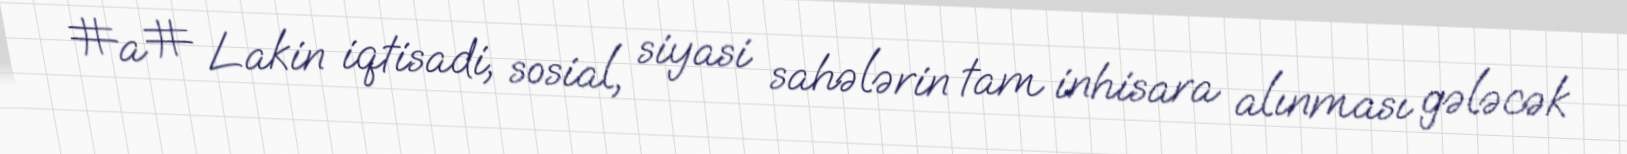
#a# Lakin iqtisadi, sosial, siyasi sahələrin tam inhisara alınması gələcək